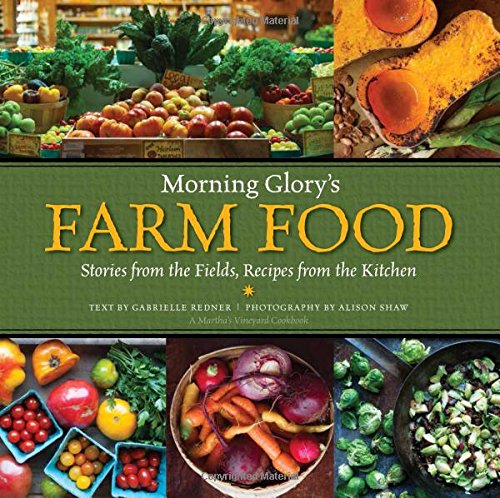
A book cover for Morning Glory's Farm Food: Stories from the Fields, Recipes from the Kitchen; Gabrielle Redner; Cookbooks, Food & Wine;